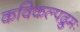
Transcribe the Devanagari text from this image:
कविकल्पद्रुमः